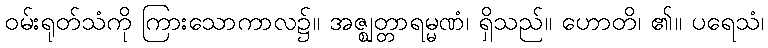
ဝမ်းရုတ်သံကို ကြားသောကာလ၌။ အဇ္ဈတ္တာရမ္မဏံ၊ ရှိသည်။ ဟောတိ၊ ၏။ ပရေသံ၊